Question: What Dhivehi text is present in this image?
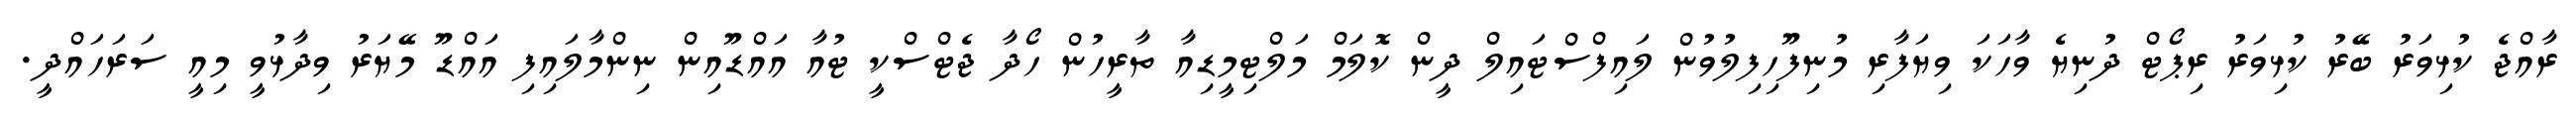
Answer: ރާއްޖެ ކުޅިވަރު ބޭރު ކުޅިވަރު ރިޕޯޓް ދުނިޔެ ވާހަކަ ވިޔަފާރި މުނިފޫހިފިލުވުން ލައިފްސްޓައިލް ދީން ކޮލަމް މަލްޓިމީޑިއާ ތާރީހުން ހޯދާ ޖެޓްސްކީ ޓުއާ އައްޑޫއިން ނިންމާލައިފި އައްޑޫ މޭޔަރު ވިދާޅުވީ މިއީ ސަރަހައްދީ.